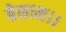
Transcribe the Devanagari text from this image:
बेकाम।।